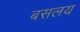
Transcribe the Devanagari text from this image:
बसलय